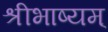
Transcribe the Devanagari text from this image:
श्रीभाष्यम्